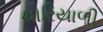
થોરિયાળી